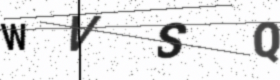
Text: WVSQ